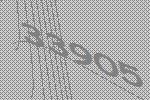
33905